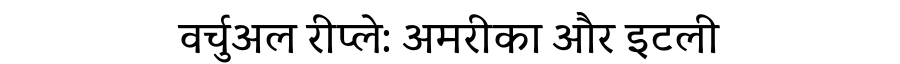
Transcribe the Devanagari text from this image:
वर्चुअल रीप्ले: अमरीका और इटली